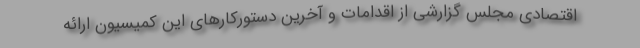
اقتصادی مجلس گزارشی از اقدامات و آخرین دستورکارهای این کمیسیون ارائه